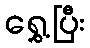
ရွှေ့ပြီး